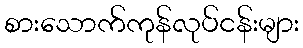
စားသောက်ကုန်လုပ်ငန်းများ